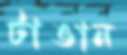
টাঙান